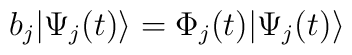
b_j|\Psi_j(t)\rangle = \Phi_j(t)|\Psi_j(t)\rangle